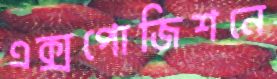
এক্সপোজিশনে